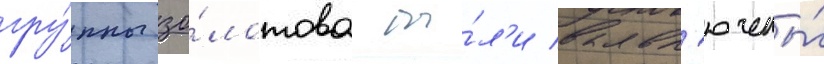
гру́ппы зо́лотова бы́л'и вкл'ючены́